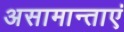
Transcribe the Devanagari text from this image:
असामान्ताएं